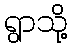
ရွာသို့